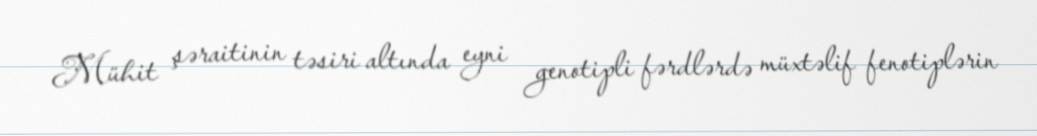
Mühit şəraitinin təsiri altında eyni genotipli fərdlərdə müxtəlif fenotiplərin